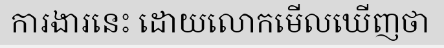
ការងារនេះ ដោយលោកមើលឃើញថា